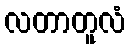
လတာတူလံ